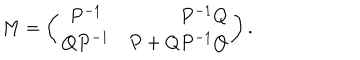
LaTeX: M = \left( \begin{array} { c r c } { { P ^ { - 1 } } } & { { P ^ { - 1 } Q } } \\ { { Q P ^ { - 1 } } } & { { P + Q P ^ { - 1 } Q } } \\ \end{array} \right) .